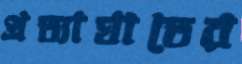
প্রত্যাঘাতের